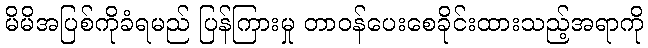
မိမိအပြစ်ကိုခံရမည် ပြန်ကြားမှု တာဝန်ပေးစေခိုင်းထားသည့်အရာကို